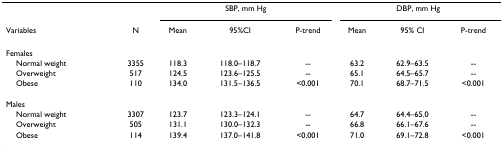
<table><thead><tr><td></td><td></td><td colspan="3"><b>SBP, mm Hg</b></td><td colspan="3"><b>DBP, mm Hg</b></td></tr><tr><td><b>Variables</b></td><td><b>N</b></td><td><b>Mean</b></td><td><b>95%CI</b></td><td><b>P-trend</b></td><td><b>Mean</b></td><td><b>95% CI</b></td><td><b>P-trend</b></td></tr></thead><tbody><tr><td>Females</td><td></td><td></td><td></td><td></td><td></td><td></td><td></td></tr><tr><td> Normal weight</td><td>3355</td><td>118.3</td><td>118.0–118.7</td><td>--</td><td>63.2</td><td>62.9–63.5</td><td>--</td></tr><tr><td> Overweight</td><td>517</td><td>124.5</td><td>123.6–125.5</td><td>--</td><td>65.1</td><td>64.5–65.7</td><td>--</td></tr><tr><td> Obese</td><td>110</td><td>134.0</td><td>131.5–136.5</td><td>&lt;0.001</td><td>70.1</td><td>68.7–71.5</td><td>&lt;0.001</td></tr><tr><td>Males</td><td></td><td></td><td></td><td></td><td></td><td></td><td></td></tr><tr><td> Normal weight</td><td>3307</td><td>123.7</td><td>123.3–124.1</td><td>--</td><td>64.7</td><td>64.4–65.0</td><td>--</td></tr><tr><td> Overweight</td><td>505</td><td>131.1</td><td>130.0–132.3</td><td>--</td><td>66.8</td><td>66.1–67.6</td><td>--</td></tr><tr><td> Obese</td><td>114</td><td>139.4</td><td>137.0–141.8</td><td>&lt;0.001</td><td>71.0</td><td>69.1–72.8</td><td>&lt;0.001</td></tr></tbody></table>